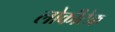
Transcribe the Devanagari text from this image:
लोकीटेक